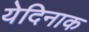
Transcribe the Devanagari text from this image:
येदिनाक